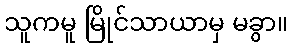
သူကမူ မြိုင်သာယာမှ မခွာ။